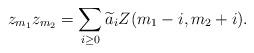
LaTeX: \begin{align*}z_{m_1}z_{m_2}=\sum_{i\ge0}{\widetilde a}_iZ(m_1-i,m_2+i).\end{align*}